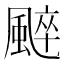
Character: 𩗶